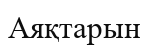
Аяқтарын